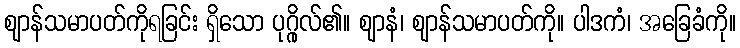
ဈာန်သမာပတ်ကိုရခြင်း ရှိသော ပုဂ္ဂိုလ်၏။ ဈာနံ၊ ဈာန်သမာပတ်ကို။ ပါဒကံ၊ အခြေခံကို။